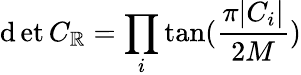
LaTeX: \operatorname*{\mathrm{d}et}{C_{\mathbb{R}}}=\prod_{i}\tan(\frac{{\pi|C_{i}|}}{{2M}})